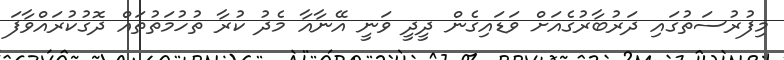
މިފުރުސަތުގައި ދަރުބާރުގެއަށް ވަޑައިގެން ދީދީ ވަނީ އޭނާއާ މެދު ކުރާ ތުހުމަތުތައް ދޮގުކުރައްވާފަ